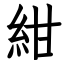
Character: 紺